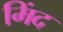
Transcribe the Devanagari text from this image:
मिंद